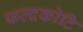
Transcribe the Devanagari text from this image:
फल्दकोटि